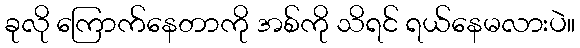
ခုလို ကြောက်နေတာကို အစ်ကို သိရင် ရယ်နေမလားပဲ။